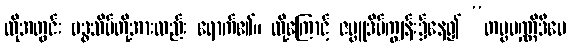
ထိုအတွင်း ဗဒ္ဓသိမ်တို့အားလည်း ရောက်၏။ ထို့ကြောင့် ဇမ္ဗူဒိပ်ကျွန်း၌နေ၍ “တမ္ဗပဏ္ဏိဒီပေ